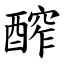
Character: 醡